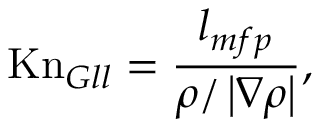
\mathrm { K n } _ { G l l } = \frac { l _ { m f p } } { \rho / \left| \nabla \rho \right| } ,